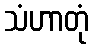
သံဟာတုံ